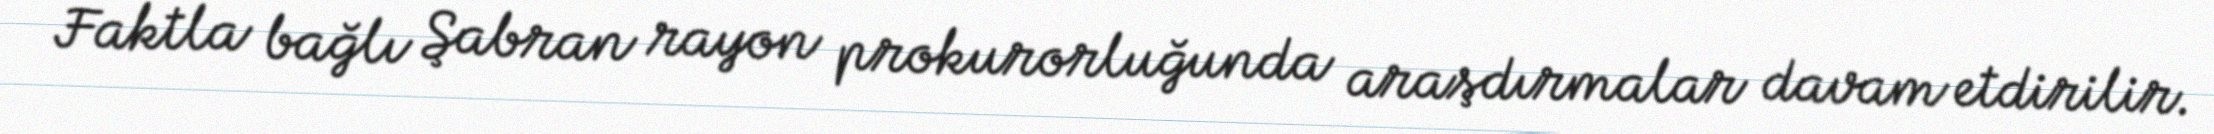
Faktla bağlı Şabran rayon prokurorluğunda araşdırmalar davam etdirilir.